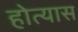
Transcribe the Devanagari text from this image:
होत्यास